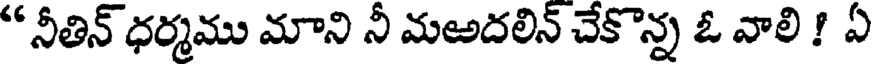
" నీతిన్ ధర్మము మాని నీ మఱదలిన్ చేకొన్న ఓ వాలి ! ఏ